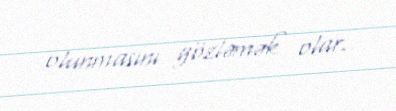
olunmasını gözləmək olar.